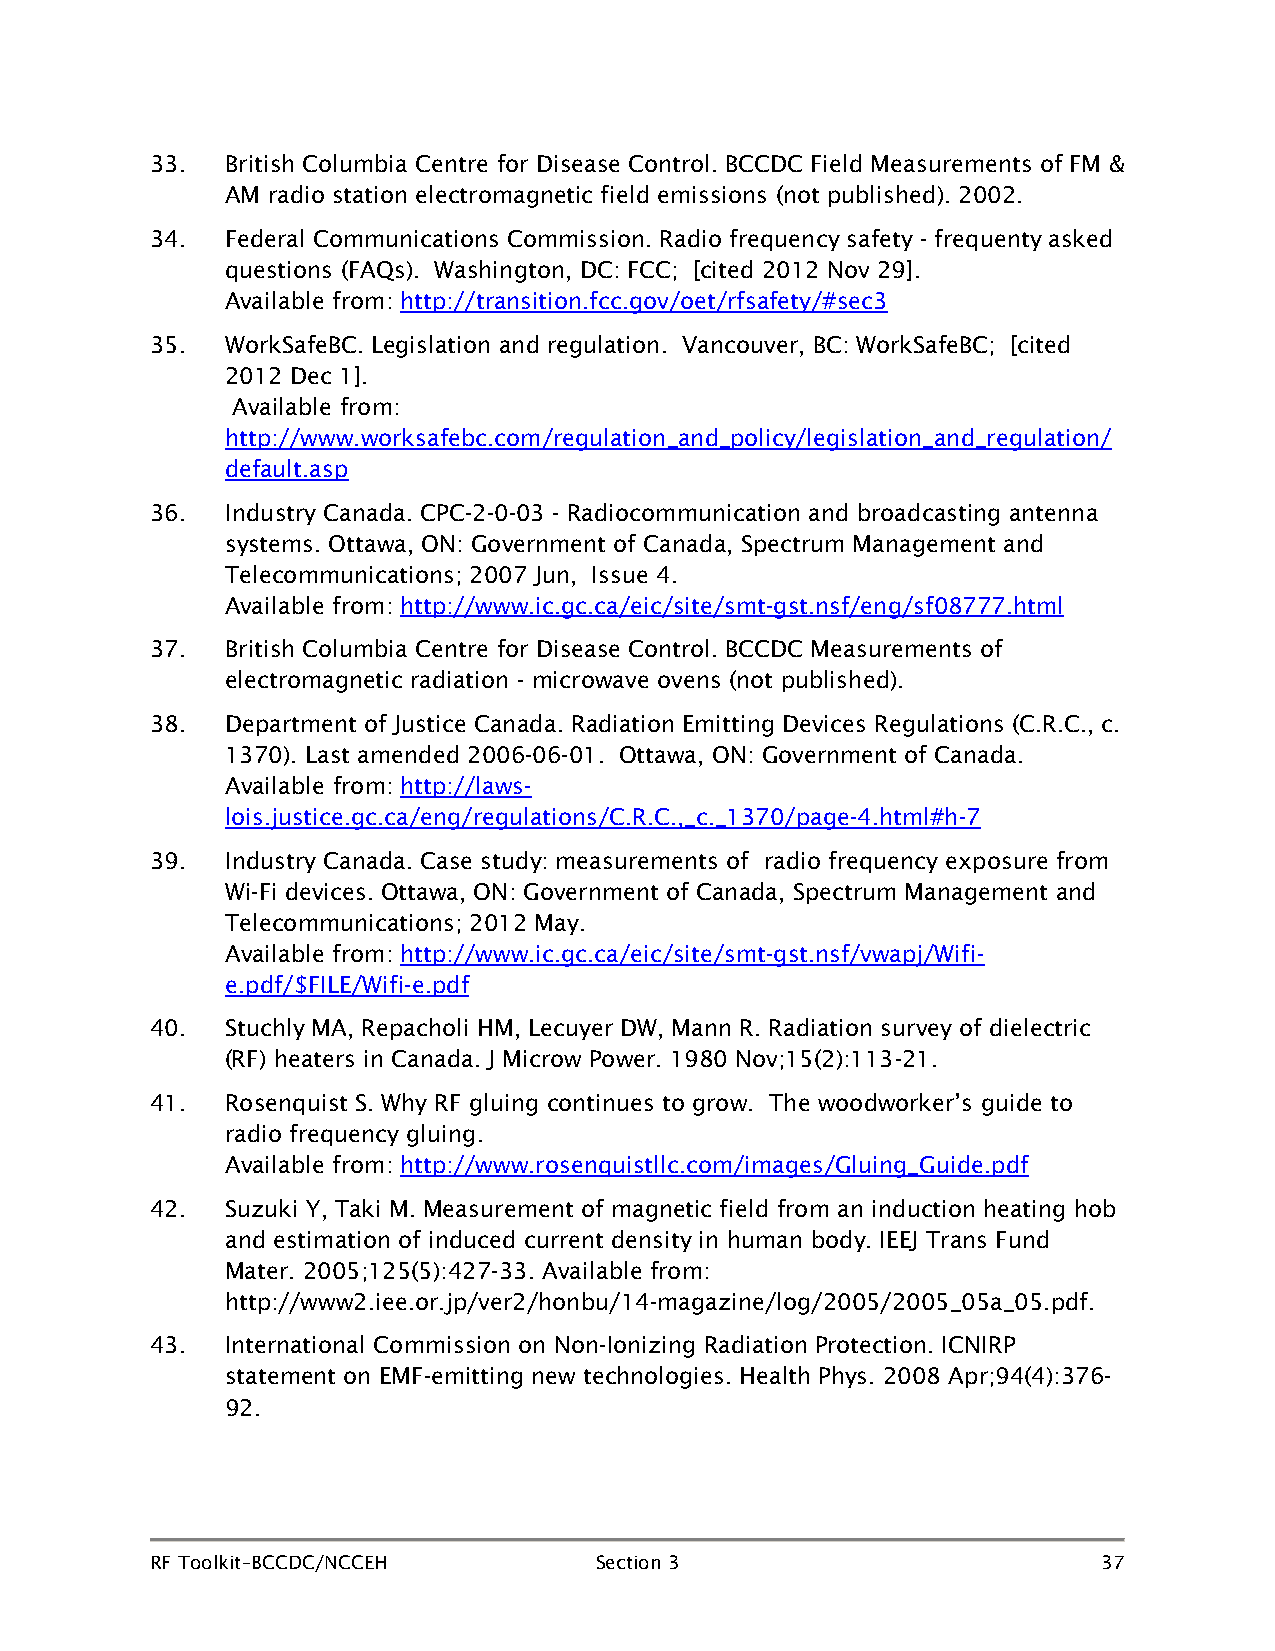
33.  British Columbia Centre for Disease Control. BCCDC Field Measurements of FM &
 AM radio station electromagnetic field emissions (not published). 2002.
 34.  Federal Communications Commission. Radio frequency safety - frequenty asked
 questions (FAQs). Washington, DC: FCC; [cited 2012 Nov 29].
 Available from: http://transition.fcc.gov/oet/rfsafety/#sec3
 35.  WorkSafeBC. Legislation and regulation. Vancouver, BC: WorkSafeBC; [cited
 2012 Dec 1].
 Available from:
 http://www.worksafebc.com/regulation_and_policy/legislation_and_regulation/
 default.asp
 36.  Industry Canada. CPC-2-0-03 - Radiocommunication and broadcasting antenna
 systems. Ottawa, ON: Government of Canada, Spectrum Management and
 Telecommunications; 2007 Jun, Issue 4.
 Available from: http://www.ic.gc.ca/eic/site/smt-gst.nsf/eng/sf08777.html
 37.  British Columbia Centre for Disease Control. BCCDC Measurements of
 electromagnetic radiation - microwave ovens (not published).
 38.  Department of Justice Canada. Radiation Emitting Devices Regulations (C.R.C., c.
 1370). Last amended 2006-06-01. Ottawa, ON: Government of Canada.
 Available from: http://laws-
 lois.justice.gc.ca/eng/regulations/C.R.C.,_c._1370/page-4.html#h-7
 39.  Industry Canada. Case study: measurements of radio frequency exposure from
 Wi-Fi devices. Ottawa, ON: Government of Canada, Spectrum Management and
 Telecommunications; 2012 May.
 Available from: http://www.ic.gc.ca/eic/site/smt-gst.nsf/vwapj/Wifi-
 e.pdf/$FILE/Wifi-e.pdf
 40.  Stuchly MA, Repacholi HM, Lecuyer DW, Mann R. Radiation survey of dielectric
 (RF) heaters in Canada. J Microw Power. 1980 Nov;15(2):113-21.
 41.  Rosenquist S. Why RF gluing continues to grow. The woodworker’s guide to
 radio frequency gluing.
 Available from: http://www.rosenquistllc.com/images/Gluing_Guide.pdf
 42.  Suzuki Y, Taki M. Measurement of magnetic field from an induction heating hob
 and estimation of induced current density in human body. IEEJ Trans Fund
 Mater. 2005;125(5):427-33. Available from:
 http://www2.iee.or.jp/ver2/honbu/14-magazine/log/2005/2005_05a_05.pdf.
 43.  International Commission on Non-Ionizing Radiation Protection. ICNIRP
 statement on EMF-emitting new technologies. Health Phys. 2008 Apr;94(4):376-
 92.
 RF Toolkit–BCCDC/NCCEH       Section 3                         37